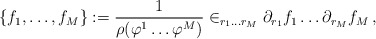
\begin{align*} \{f_1,\dots,f_M\}:=\frac{1}{\rho(\varphi^1\dots\varphi^M)} \in_{r_1\dots r_M}\partial_{r_1}f_1\dots\partial_{r_M}f_M\,,\end{align*}